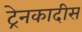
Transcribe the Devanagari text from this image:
ट्रेनकादीस